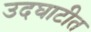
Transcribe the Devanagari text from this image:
उदघाटीत